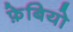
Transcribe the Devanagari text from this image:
फ़ेबियो